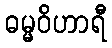
ဓမ္မဝိဟာရီ